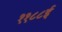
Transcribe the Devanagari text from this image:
११८८ई